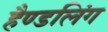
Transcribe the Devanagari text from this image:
हैण्डलिंग